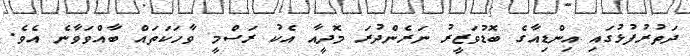
ދަތުރުފުޅުގައި އިންޑިއާގެ ބޮޑުވަޒީރު ނަރެންދުރަ މޮދީއާ އެކު ރަސްމީ ވާހަކަތައް ބާއްވަވާނެ އެވެ.